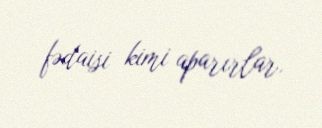
fədaisi kimi aparırlar.